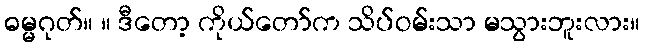
ဓမ္မဂုတ်။ ။ ဒီတော့ ကိုယ်တော်က သိပ်ဝမ်းသာ မသွားဘူးလား။